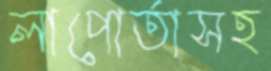
লাপোর্তাসহ